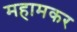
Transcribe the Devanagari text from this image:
महामकर